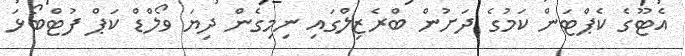
އެޓޫގެ ކެޕްޓަން ކަމުގެ ދަށުން ބްރެޒިލްގައި ނިމިގެން ދިޔަ ވޯލްޑް ކަޕް ފުޓްބޯޅަ